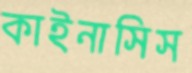
কাইনাসিস